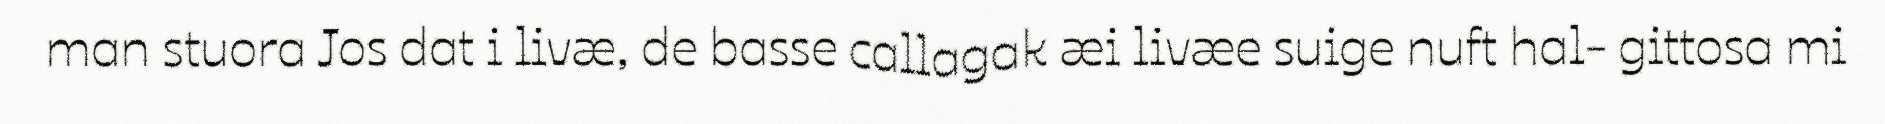
man stuora Jos dat i livæ, de basse callagak æi livæe suige nuft hal- gittosa mi